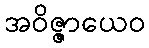
အဝိဇ္ဇာယေဝ